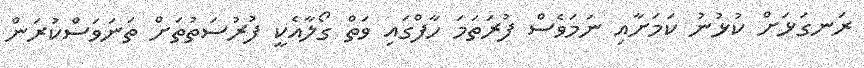
ރަނގަޅަށް ކުޅުނު ކަމަށާއި ނަމަވެސް ފުރަތަމަ ހާފްގައި ވަތް ގޯލާއެކީ ފުރުސަތުތަށް ތަނަވަސްކުރަން